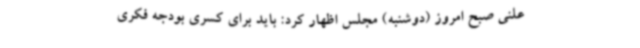
علنی صبح امروز (دوشنبه) مجلس اظهار کرد: باید برای کسری بودجه فکری